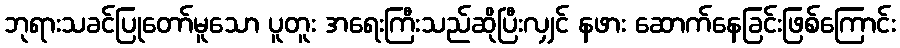
ဘုရားသခင်ပြုတော်မူသော ပူတူး အရေးကြီးသည်ဆိုပြီးလျှင် နဖား ဆောက်နေခြင်းဖြစ်ကြောင်း